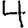
Digit: 4